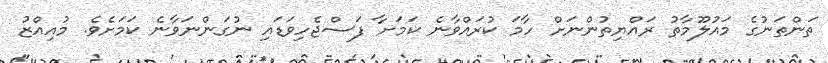
ތަންތަނުގެ މައުލޫމާތު ރައްޔިތުންނަށް ހާމަ ކުރައްވާނެ ކަމަށާ ފަސްޖެހިވަޑައި ނުގަންނަވާނެ ކަމަށެވެ. މުއިއްޒު